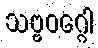
သဗ္ဗဝဂ္ဂေါ